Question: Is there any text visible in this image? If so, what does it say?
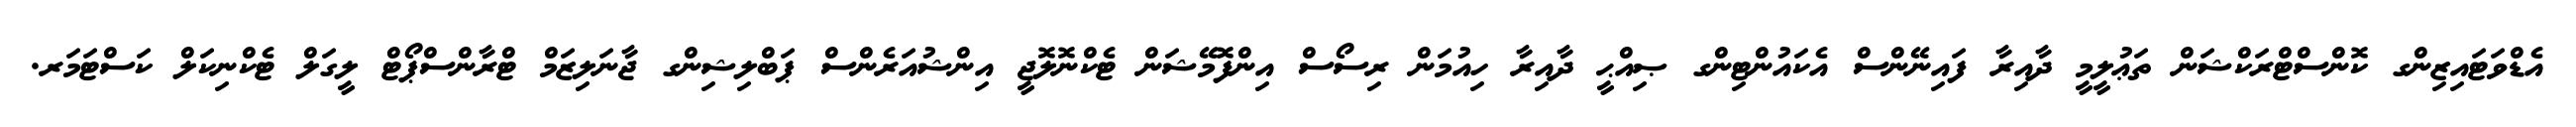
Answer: އެޑްވަޓައިޒިންގ ކޮންސްޓްރަކްޝަން ތަޢުލީމީ ދާއިރާ ފައިނޭންސް އެކައުންޓިންގ ޞިއްޙީ ދާއިރާ ހިއުމަން ރިސޯސް އިންފޮމޭޝަން ޓެކްނޮލޮޖީ އިންޝުއަރެންސް ޕަބްލިޝިންގ ޖާނަލިޒަމް ޓްރާންސްޕޯޓް ލީގަލް ޓެކްނިކަލް ކަސްޓަމަރ.